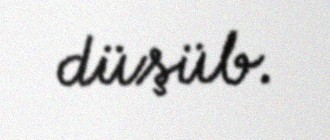
düşüb.